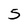
Character: 5